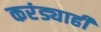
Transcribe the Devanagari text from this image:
करंड्याही